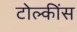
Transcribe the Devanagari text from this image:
टोल्कींस